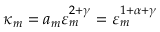
\kappa _ { m } = a _ { m } \varepsilon _ { m } ^ { 2 + \gamma } = \varepsilon _ { m } ^ { 1 + \alpha + \gamma }